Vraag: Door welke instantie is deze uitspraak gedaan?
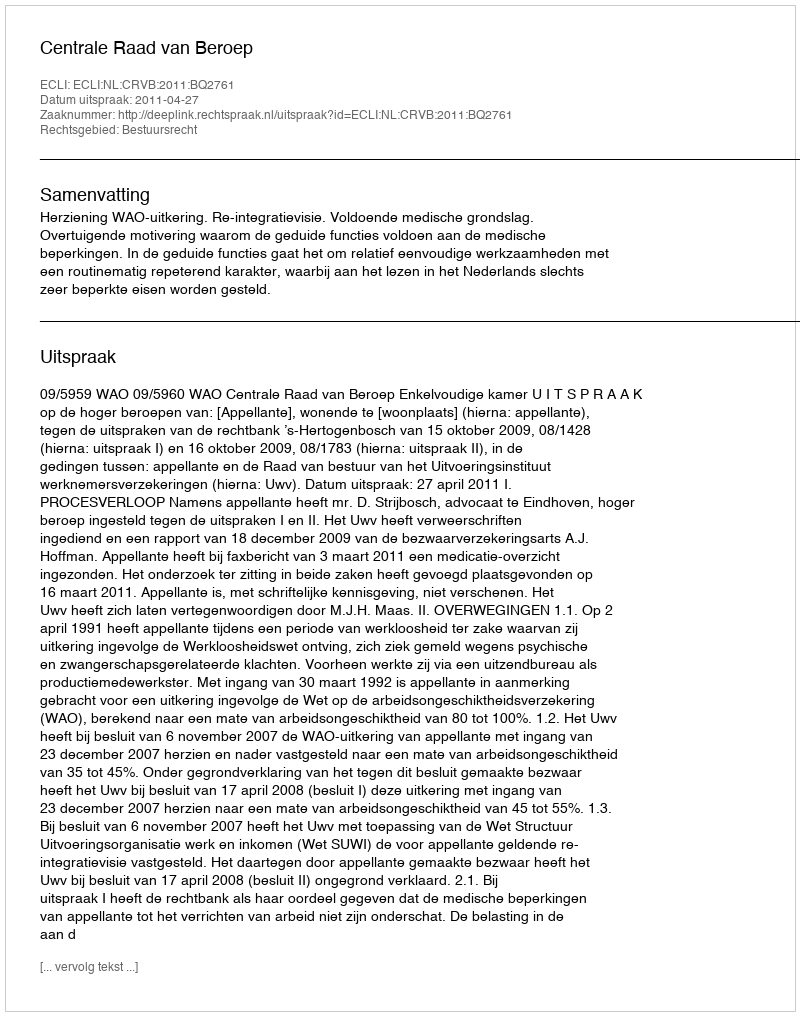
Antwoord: Centrale Raad van Beroep